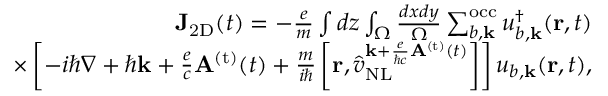
\begin{array} { r } { { \bf J } _ { \mathrm { 2 D } } ( t ) = - \frac { e } { m } \int d z \int _ { \Omega } \frac { d x d y } { \Omega } \sum _ { b , { \bf k } } ^ { \mathrm { o c c } } u _ { b , { \bf k } } ^ { \dagger } ( { \bf r } , t ) } \\ { \times \left[ - i \hbar \nabla + \hbar { \bf k } + \frac { e } { c } { \bf A } ^ { \mathrm { ( t ) } } ( t ) + \frac { m } { i \hbar } \left[ { \bf r } , \hat { v } _ { \mathrm { N L } } ^ { { { \bf k } + \frac { e } { \hbar c } { \bf A } ^ { \mathrm { ( t ) } } ( t ) } } \right] \right] u _ { b , { \bf k } } ( { \bf r } , t ) , } \end{array}